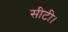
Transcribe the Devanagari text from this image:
सीटी।